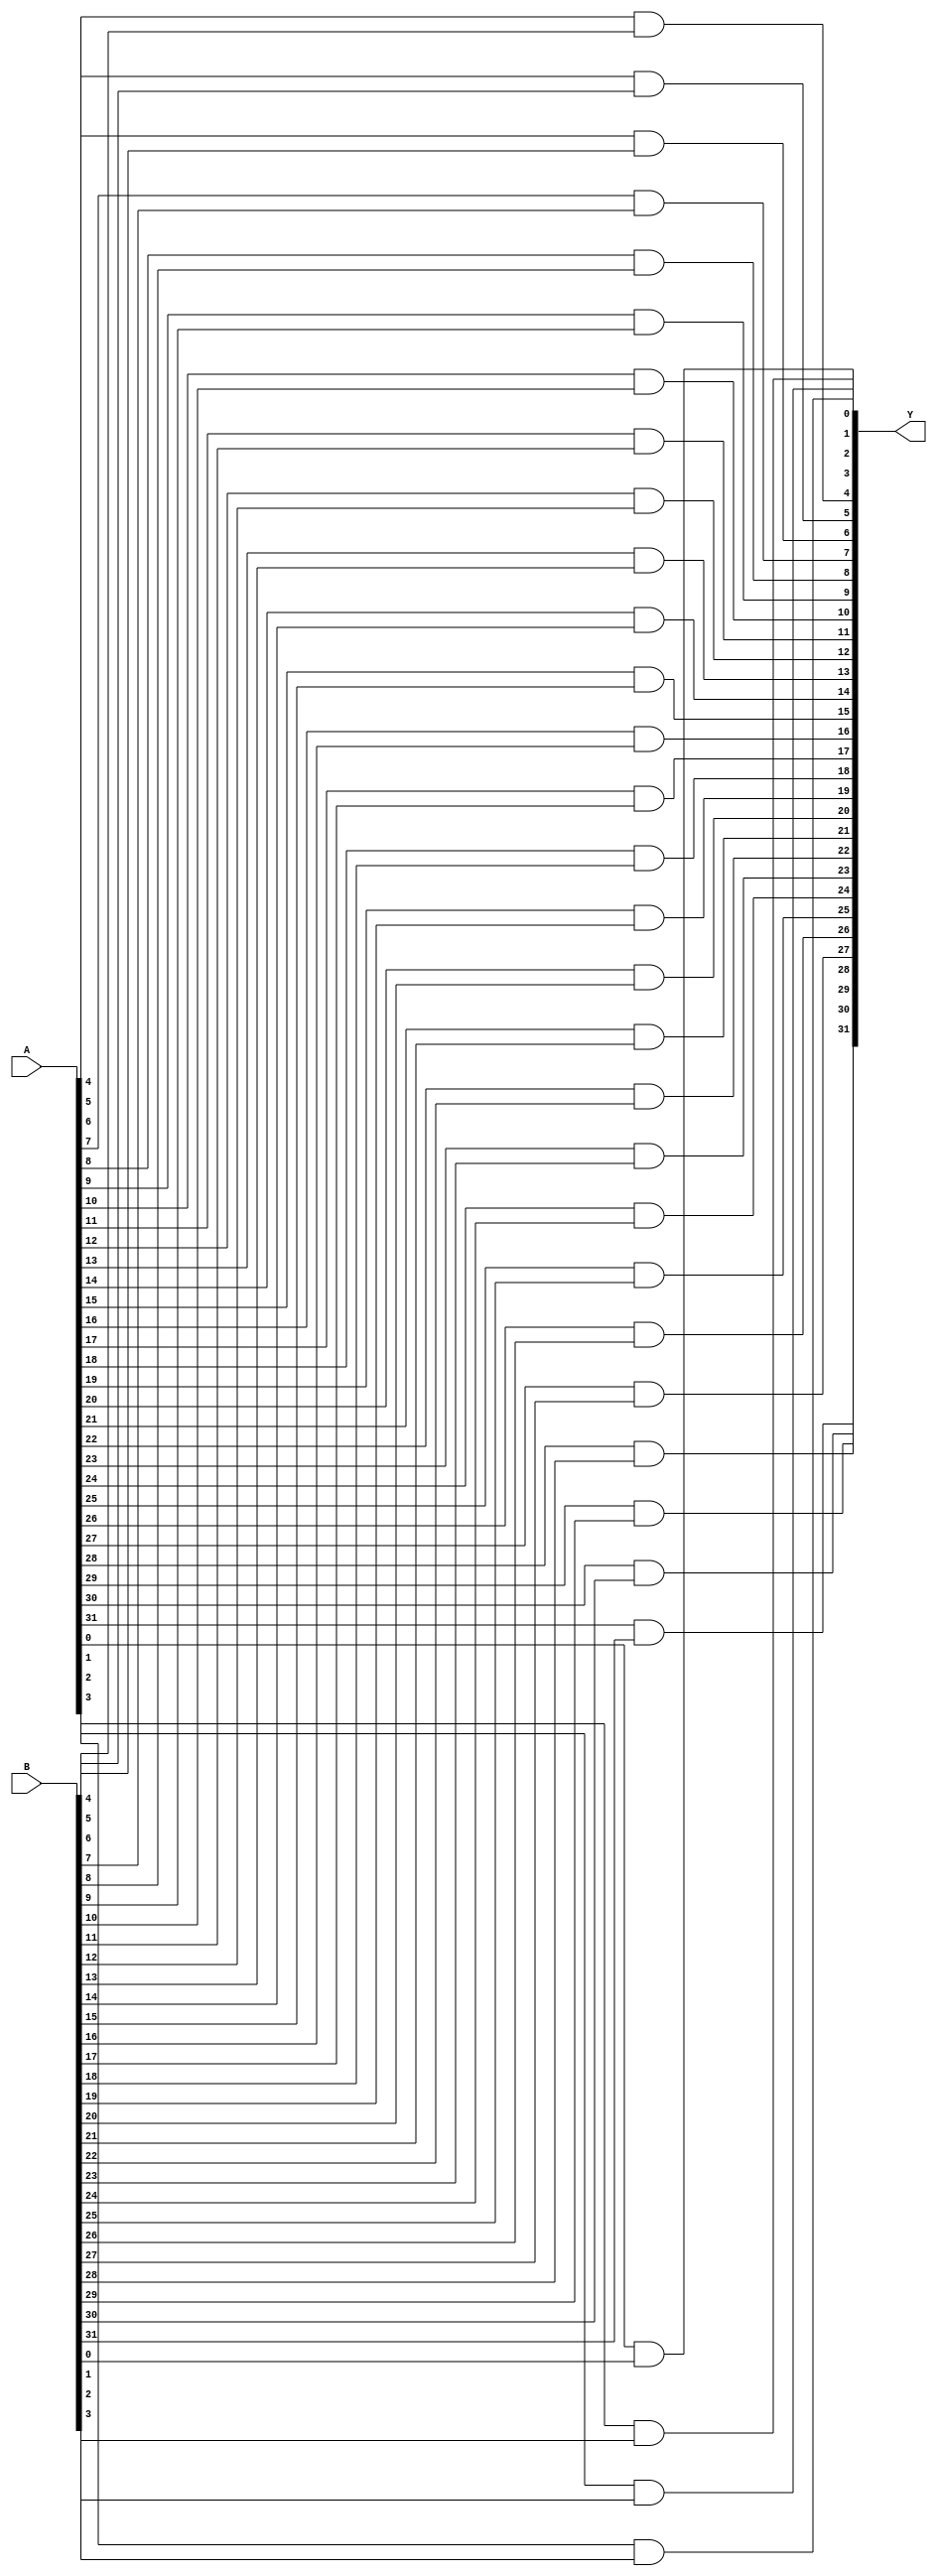
module andop(Y, A, B);
   output [31:0] Y;  // Result.
   input [31:0]  A;  // Operand.
   input [31:0]  B;  // Operand.

   and(Y[0], A[0], B[0]);
   and(Y[1], A[1], B[1]);
   and(Y[2], A[2], B[2]);
   and(Y[3], A[3], B[3]);
   and(Y[4], A[4], B[4]);
   and(Y[5], A[5], B[5]);
   and(Y[6], A[6], B[6]);
   and(Y[7], A[7], B[7]);
   and(Y[8], A[8], B[8]);
   and(Y[9], A[9], B[9]);
   and(Y[10], A[10], B[10]);
   and(Y[11], A[11], B[11]);
   and(Y[12], A[12], B[12]);
   and(Y[13], A[13], B[13]);
   and(Y[14], A[14], B[14]);
	and(Y[15], A[15], B[15]);
	and(Y[16], A[16], B[16]);
	and(Y[17], A[17], B[17]);
	and(Y[18], A[18], B[18]);
	and(Y[19], A[19], B[19]);
	and(Y[20], A[20], B[20]);
	and(Y[21], A[21], B[21]);
	and(Y[22], A[22], B[22]);
	and(Y[23], A[23], B[23]);
	and(Y[24], A[24], B[24]);
	and(Y[25], A[25], B[25]);
	and(Y[26], A[26], B[26]);
	and(Y[27], A[27], B[27]);
	and(Y[28], A[28], B[28]);
	and(Y[29], A[29], B[29]);
	and(Y[30], A[30], B[30]);
	and(Y[31], A[31], B[31]);
endmodule // andop